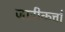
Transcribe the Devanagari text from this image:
जारीकर्त्ता